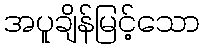
အပူချိန်မြင့်သော